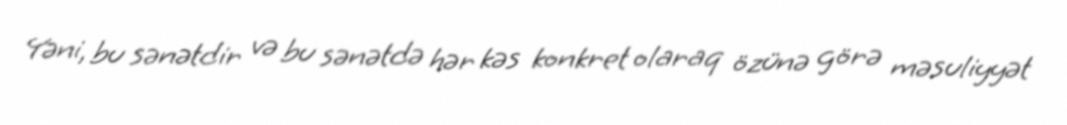
Yəni, bu sənətdir və bu sənətdə hər kəs konkret olaraq özünə görə məsuliyyət